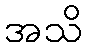
အသိ